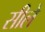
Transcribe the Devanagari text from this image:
सीले